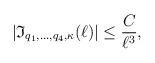
LaTeX: \begin{align*}|\mathfrak{I}_{q_1,\ldots, q_4, \kappa}(\ell)|\leq \frac{C}{\ell^ {3}},\end{align*}